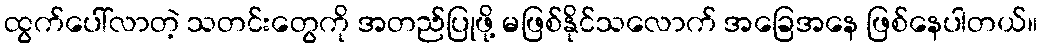
ထွက်ပေါ်လာတဲ့ သတင်းတွေကို အတည်ပြုဖို့ မဖြစ်နိုင်သလောက် အခြေအနေ ဖြစ်နေပါတယ်။